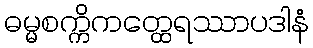
ဓမ္မစက္ကိကတ္ထေရဿာပဒါနံ